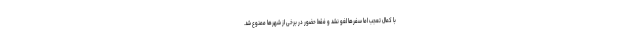
با کمال تعجب اما سفرها لغو نشد و فقط حضور در برخی از شهرها ممنوع شد.